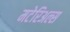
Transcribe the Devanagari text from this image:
मटेरिअल्स